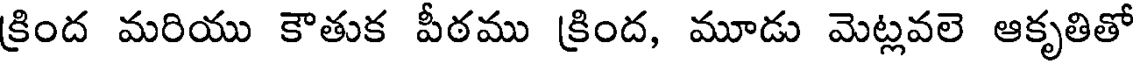
క్రింద మరియు కౌతుక పీఠము క్రింద, మూడు మెట్లవలె ఆకృతితో